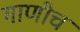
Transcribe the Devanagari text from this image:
गाणीच